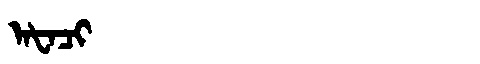
Manchu: ᠠᡶᠠᠴᡳ
Romanization: AFACI